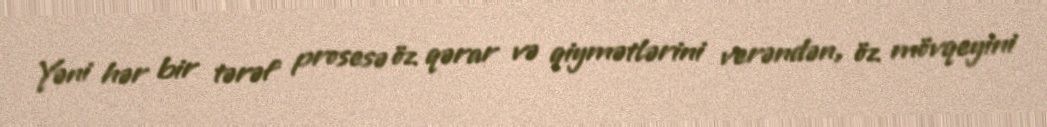
Yəni hər bir tərəf prosesə öz qərar və qiymətlərini verəndən, öz mövqeyini